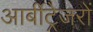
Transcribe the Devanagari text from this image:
आर्बीट्रेजरों